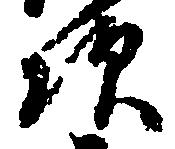
様